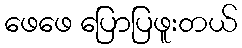
ဖေဖေ ပြောပြဖူးတယ်